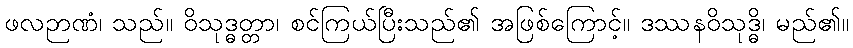
ဖလဉာဏံ၊ သည်။ ဝိသုဒ္ဓတ္တာ၊ စင်ကြယ်ပြီးသည်၏ အဖြစ်ကြောင့်။ ဒဿနဝိသုဒ္ဓိ၊ မည်၏။